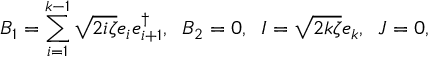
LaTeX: B _ { 1 } = \sum _ { i = 1 } ^ { k - 1 } \sqrt { 2 i \zeta } e _ { i } e _ { i + 1 } ^ { \dag } , \; \; B _ { 2 } = 0 , \; \; I = \sqrt { 2 k \zeta } e _ { k } , \; \; J = 0 ,